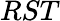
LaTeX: RST